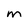
Character: M